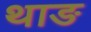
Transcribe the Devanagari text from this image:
थाङ